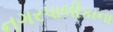
નગરપાલીકાના